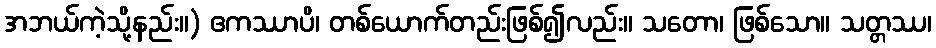
အဘယ်ကဲ့သို့နည်း။) ဧကဿာပိ၊ တစ်ယောက်တည်းဖြစ်၍လည်း။ သတော၊ ဖြစ်သော။ သတ္တဿ၊